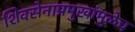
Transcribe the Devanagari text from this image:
शिवसेनाप्रमुखांमुळेच